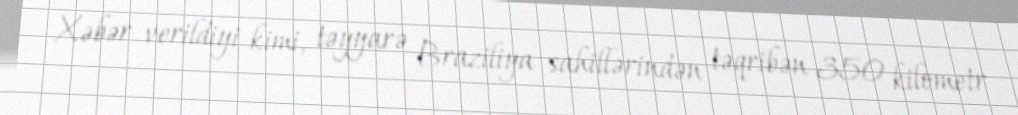
Xəbər verildiyi kimi, təyyarə Braziliya sahillərindən təqribən 350 kilometr